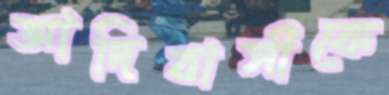
আদিবাসীকে